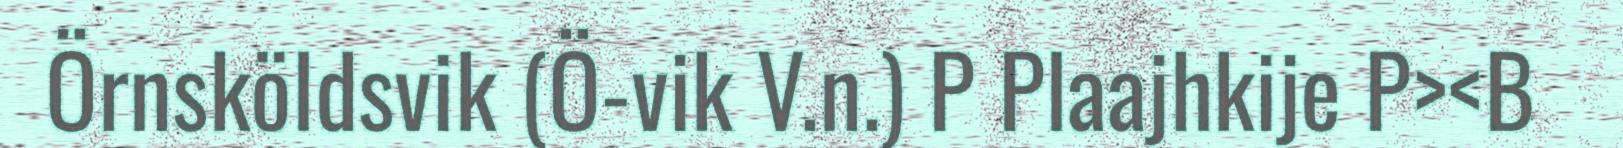
Örnsköldsvik (Ö-vik V.n.) P Plaajhkije P><B